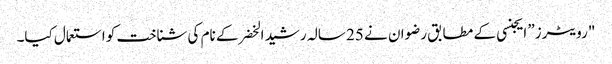
"رویٹرز” ایجنسی کے مطابق رضوان نے 25 سالہ رشید الخضر کے نام کی شناخت کو استعمال کیا۔